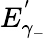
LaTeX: E_{\gamma_{-}}^{'}